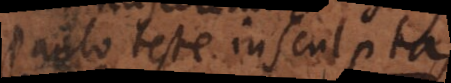
Paulo teste) insculpta